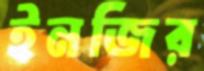
ইনজির